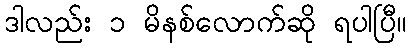
ဒါလည်း ၁ မိနစ်လောက်ဆို ရပါပြီ။